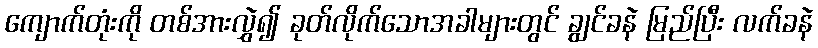
ကျောက်တုံးကို တစ်အားလွှဲ၍ ခုတ်လိုက်သောအခါများတွင် ချွင်ခနဲ မြည်ပြီး လက်ခနဲ